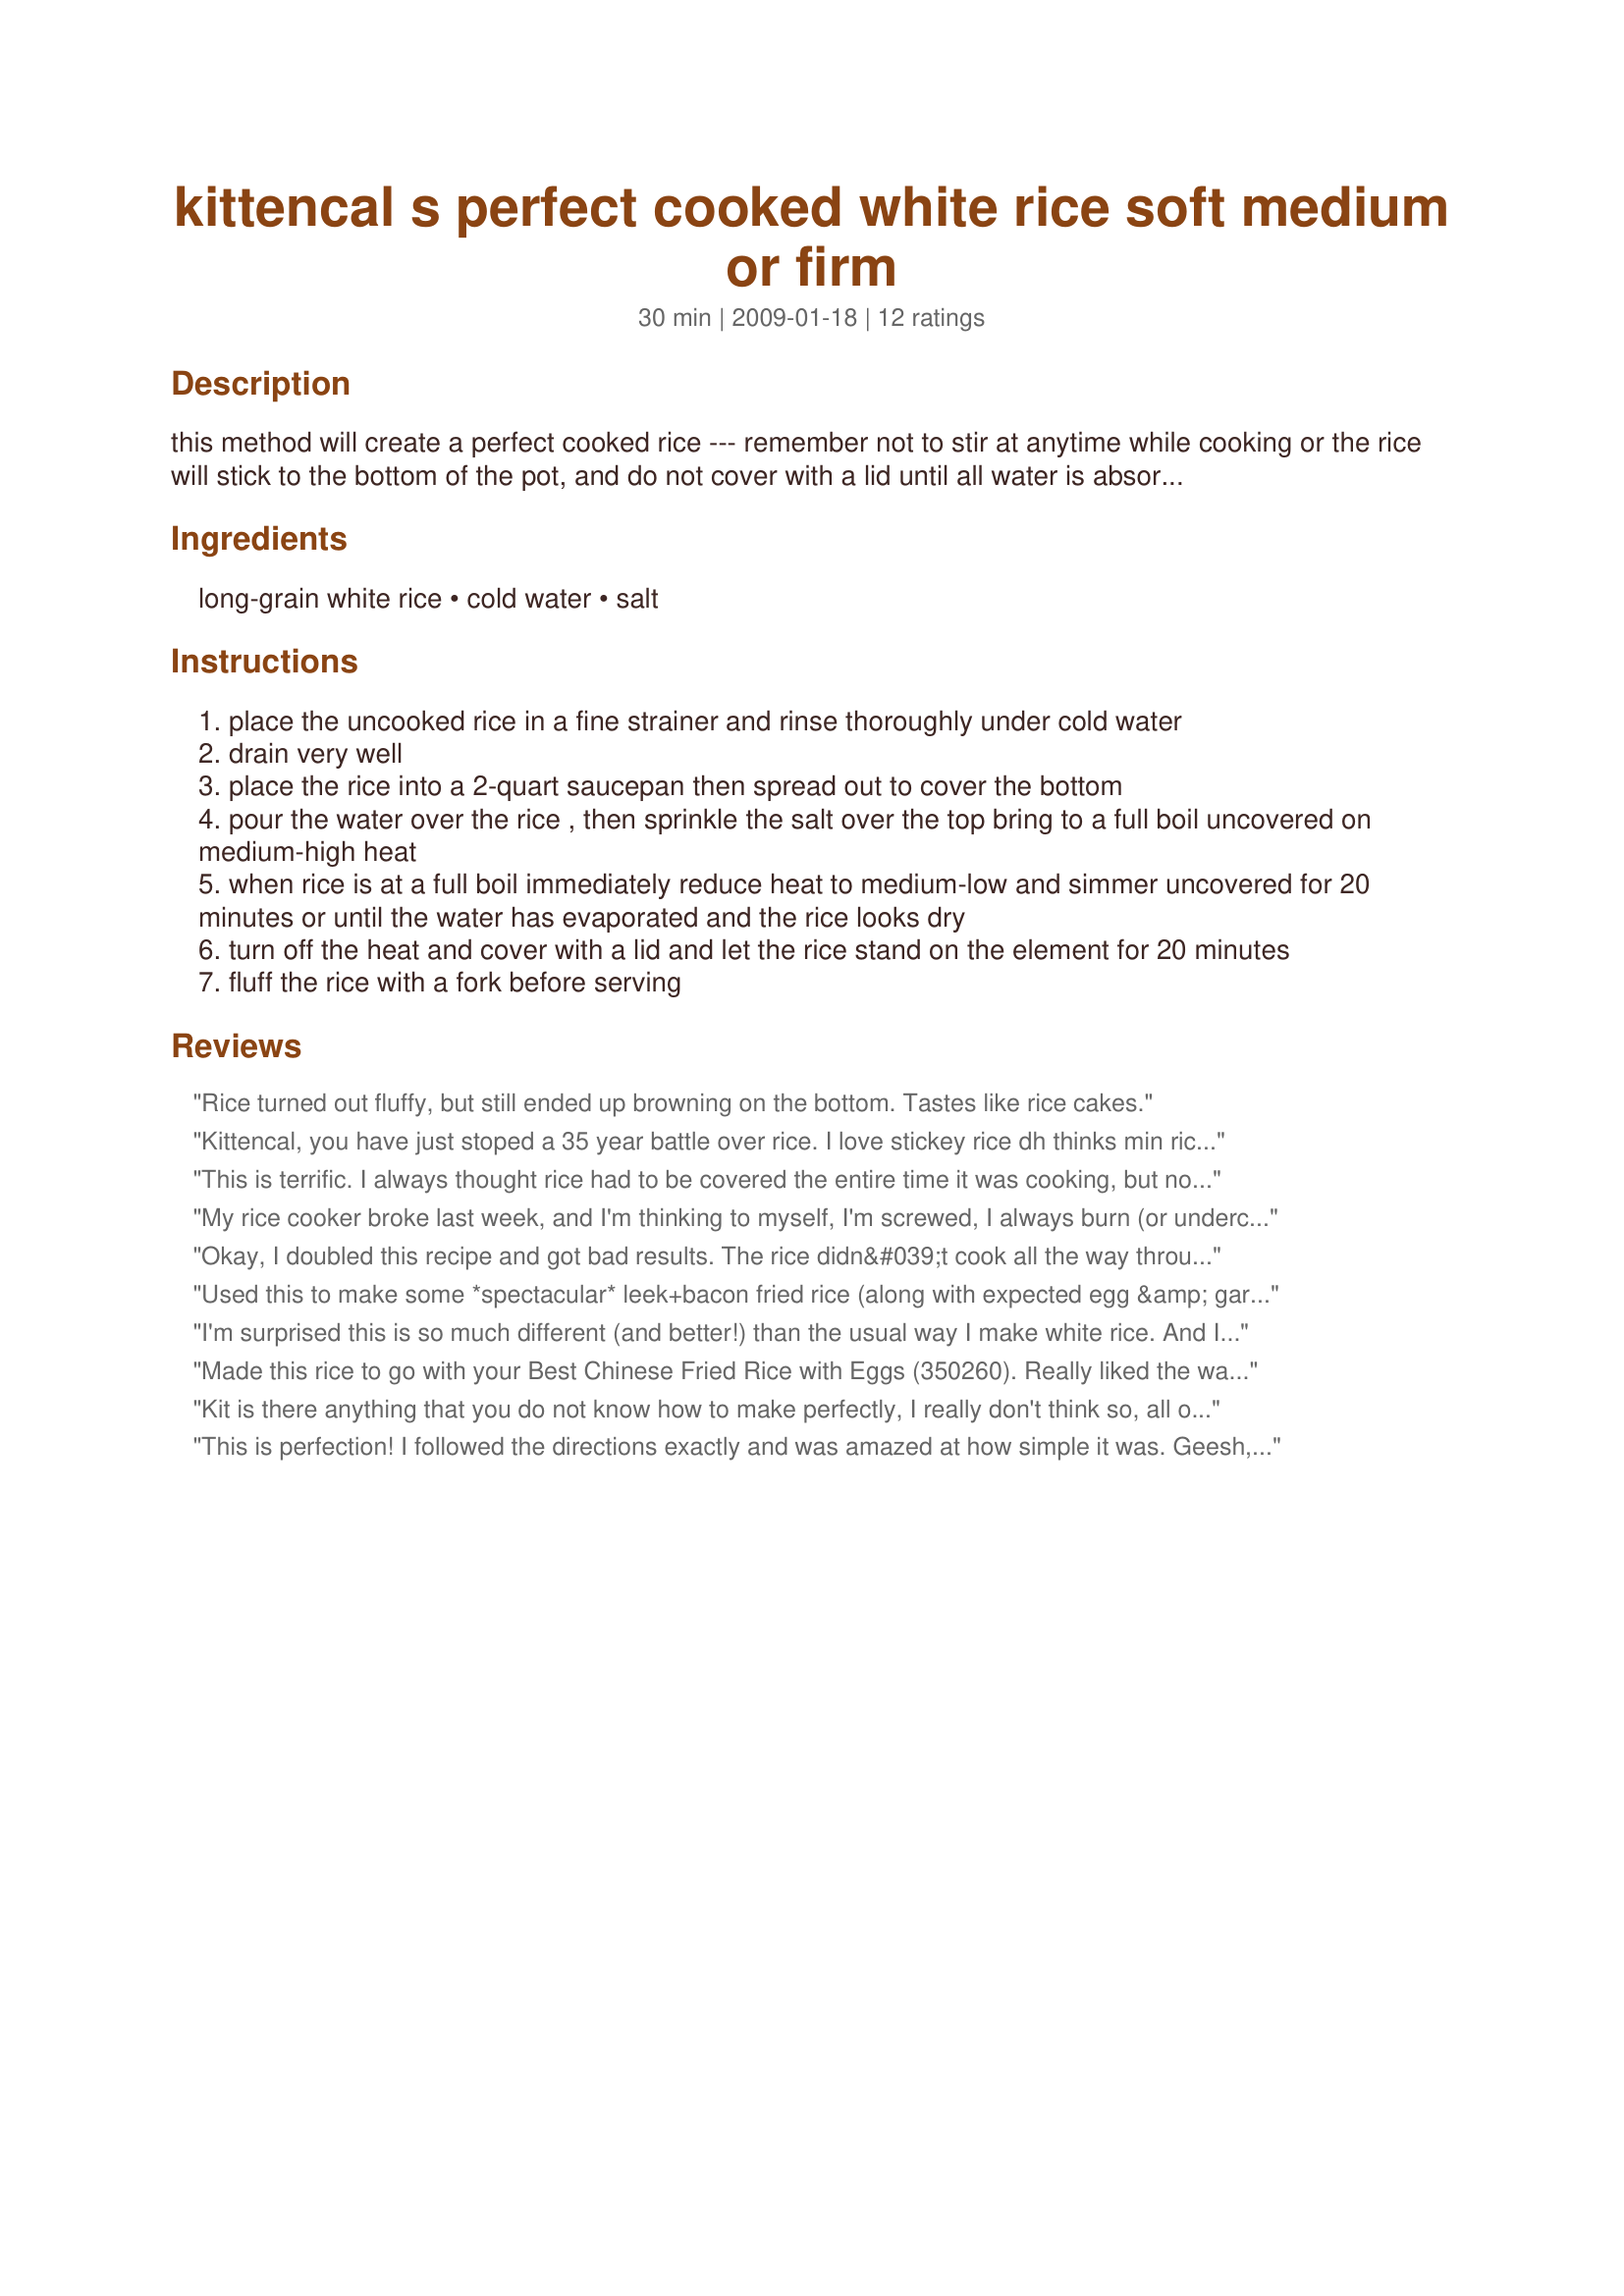
kittencal s perfect cooked white rice soft medium or firm
Preparation time: 30 minutes

this method will create a perfect cooked rice --- remember not to stir at anytime while cooking or the rice will stick to the bottom of the pot, and do not cover with a lid until all water is absorbed, for this method use only long grain white rice, please see directions for water amount.

Ingredients:
long-grain white rice, cold water, salt

Steps:
place the uncooked rice in a fine strainer and rinse thoroughly under cold water
drain very well
place the rice into a 2-quart saucepan then spread out to cover the bottom
pour the water over the rice , then sprinkle the salt over the top bring to a full boil uncovered on medium-high heat
when rice is at a full boil immediately reduce heat to medium-low and simmer uncovered for 20 minutes or until the water has evaporated and the rice looks dry
turn off the heat and cover with a lid and let the rice stand on the element for 20 minutes
fluff the rice with a fork before serving

Reviews:
Rice turned out fluffy, but still ended up browning on the bottom. Tastes like rice cakes.
Kittencal, you have just stoped a 35 year battle over rice. I love stickey rice dh thinks min rice is the only good rice..yuk..last nite he told me I had finally learned how to make good rice, for me it taste just like sticky rice, but better. Can't wait to make my chinese rice, know it will be my best. Thanks Kittencal for stoping
this battle, LOL
This is terrific. I always thought rice had to be covered the entire time it was cooking, but now I've learned something. DH just loved this. Thanks, Kittencal!
My rice cooker broke last week, and I'm thinking to myself, I'm screwed, I always burn (or undercook) jasmine rice. But as usual Kitten, you came to my rescue! This works like a charm, and is no more work than the rice cooker! Thanks for saving me $100 bucks to replace it!
Okay, I doubled this recipe and got bad results. The rice didn&#039;t cook all the way through. I cooked 2 cups of raw rice with 3 1/2 c. water for firm rice. The rice, mainly on the top layer stayed partially hard. That made it so that I couldn&#039;t use it in my recipe. I cooked it on an electric flat surfaced stove. Has anyone doubled it with success? I actually made two pans at the same time knowing that more probably wouldn&#039;t have worked. Both failed. (I won&#039;t rate this since I strayed from the recipe and doubled it.)
Used this to make some *spectacular* leek+bacon fried rice (along with expected egg &amp; garlic). Because I was using freshly cooked rice (cooked for &quot;firm&quot;), instead of covering for the last 20m, I dumped it out in my clean wok and spread the rice out as thinly as possible to both dry it and cool it (for about 20m); once done drying/cooling, re-potted so I could use the wok to cook. Regardless, otherwise, followed the rice cooking and fried rice cooking instructions nearly to the letter. Excellent recipes! First time I've cooked rice, let alone fried rice! So many many thanks and much kudos to the recipe designer!!! :D
I'm surprised this is so much different (and better!) than the usual way I make white rice. And I have never thought about doing it this way. My husband and I loved it and I'm sold- this was the best rice to have with my beef stir-fry spooned over, it was amazing, thank you so much! I'm going to share it and, of course, give you credit for it.
Made this rice to go with your Best Chinese Fried Rice with Eggs (350260). Really liked the way the rice was firm for the fried rice. Takes an extra 20 minutes from the usual way rice is cooked, but it was worth the extra time.
Kit is there anything that you do not know how to make perfectly, I really don't think so, all of your recipes are right on and this rice was perfect, I went with the medium, thanks a million Kit!
This is perfection! I followed the directions exactly and was amazed at how simple it was. Geesh, all these years of clumped mushy rice, who knew??! I cooled this, bagged it, and froze it. I will never make rice any other way. Be sure to rinse the rice really good. I was still getting starchy water after 5 full minutes of rinsing. I just kept on until the water was clear. Thanks for a really great technique!...Gina :)
This worked great! I had never heard of rice being rinsed until my husband and I went to Haiti as missionaries. It sounds weird, but it makes the rice nice and fluffy. Gets rid of a bunch of the starch that makes rice clump. Thanks for sharing!
Kittencal - thanks so much for posting this recipe. I am an experienced cook, but I have never been able to master perfect rice. Even with a rice maker, I wasn't happy with the results (too gummy or not done). I had been reduced to running up to the local Chinese take out for my rice. No more! This makes lovely, fluffy rice every time.
